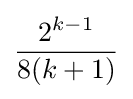
{2^{k-1} \over 8(k+1)}